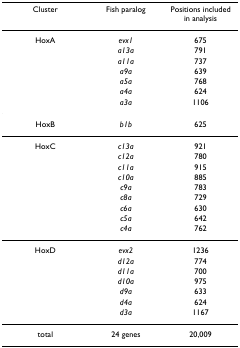
<table><thead><tr><td><b>Cluster</b></td><td><b>Fish paralog</b></td><td><b>Positions included in analysis</b></td></tr></thead><tbody><tr><td>HoxA</td><td><i>evx1</i></td><td>675</td></tr><tr><td></td><td><i>a13a</i></td><td>791</td></tr><tr><td></td><td><i>a11a</i></td><td>737</td></tr><tr><td></td><td><i>a9a</i></td><td>639</td></tr><tr><td></td><td><i>a5a</i></td><td>768</td></tr><tr><td></td><td><i>a4a</i></td><td>624</td></tr><tr><td></td><td><i>a3a</i></td><td>1106</td></tr><tr><td>HoxB</td><td><i>b1b</i></td><td>625</td></tr><tr><td>HoxC</td><td><i>c13a</i></td><td>921</td></tr><tr><td></td><td><i>c12a</i></td><td>780</td></tr><tr><td></td><td><i>c11a</i></td><td>915</td></tr><tr><td></td><td><i>c10a</i></td><td>885</td></tr><tr><td></td><td><i>c9a</i></td><td>783</td></tr><tr><td></td><td><i>c8a</i></td><td>729</td></tr><tr><td></td><td><i>c6a</i></td><td>630</td></tr><tr><td></td><td><i>c5a</i></td><td>642</td></tr><tr><td></td><td><i>c4a</i></td><td>762</td></tr><tr><td>HoxD</td><td><i>evx2</i></td><td>1236</td></tr><tr><td></td><td><i>d12a</i></td><td>774</td></tr><tr><td></td><td><i>d11a</i></td><td>700</td></tr><tr><td></td><td><i>d10a</i></td><td>975</td></tr><tr><td></td><td><i>d9a</i></td><td>633</td></tr><tr><td></td><td><i>d4a</i></td><td>624</td></tr><tr><td></td><td><i>d3a</i></td><td>1167</td></tr><tr><td>total</td><td>24 genes</td><td>20,009</td></tr></tbody></table>